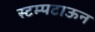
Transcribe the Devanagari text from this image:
स्टम्पटाऊन